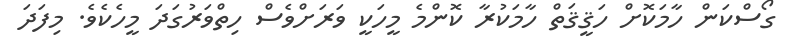
ގޯސްކަން ހާމަކޮށް ހަޤީޤަތް ހާމަކުރާ ކޮންމެ މީހަކީ ވަރަށްވެސް ހިތްވަރުގަދަ މީހެކެވެ. މިފަދަ